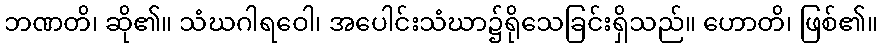
ဘဏတိ၊ ဆို၏။ သံဃဂါရဝေါ၊ အပေါင်းသံဃာ၌ရိုသေခြင်းရှိသည်။ ဟောတိ၊ ဖြစ်၏။